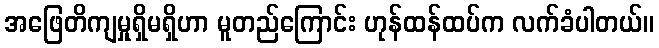
အဖြေတိကျမှုရှိမရှိဟာ မူတည်ကြောင်း ဟုန်ထန်ထပ်က လက်ခံပါတယ်။